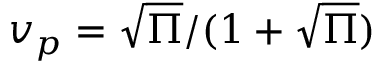
v _ { p } = \sqrt { \Pi } / ( 1 + \sqrt { \Pi } )